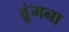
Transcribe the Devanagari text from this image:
ढूंगना